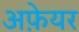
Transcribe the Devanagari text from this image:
अफ़ेयर